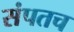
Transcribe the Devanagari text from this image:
संपतच